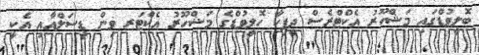
ބޮލީވުޑްގައި މަޝްހޫރު އެކްޓްރެސް ދީޕިކާ ހޮލީވުޑްގެ މަޝްހޫރު އެކްޓަރ ވިން ޑީސަލްއާއި އެކީ